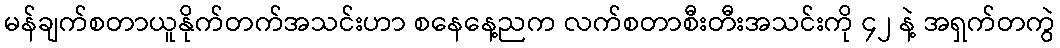
မန်ချက်စတာယူနိုက်တက်အသင်းဟာ စနေနေ့ညက လက်စတာစီးတီးအသင်းကို ၄၂ နဲ့ အရှက်တကွဲ